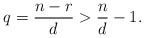
LaTeX: \begin{align*}q = \frac{n-r}{d} > \frac{n}{d} - 1.\end{align*}